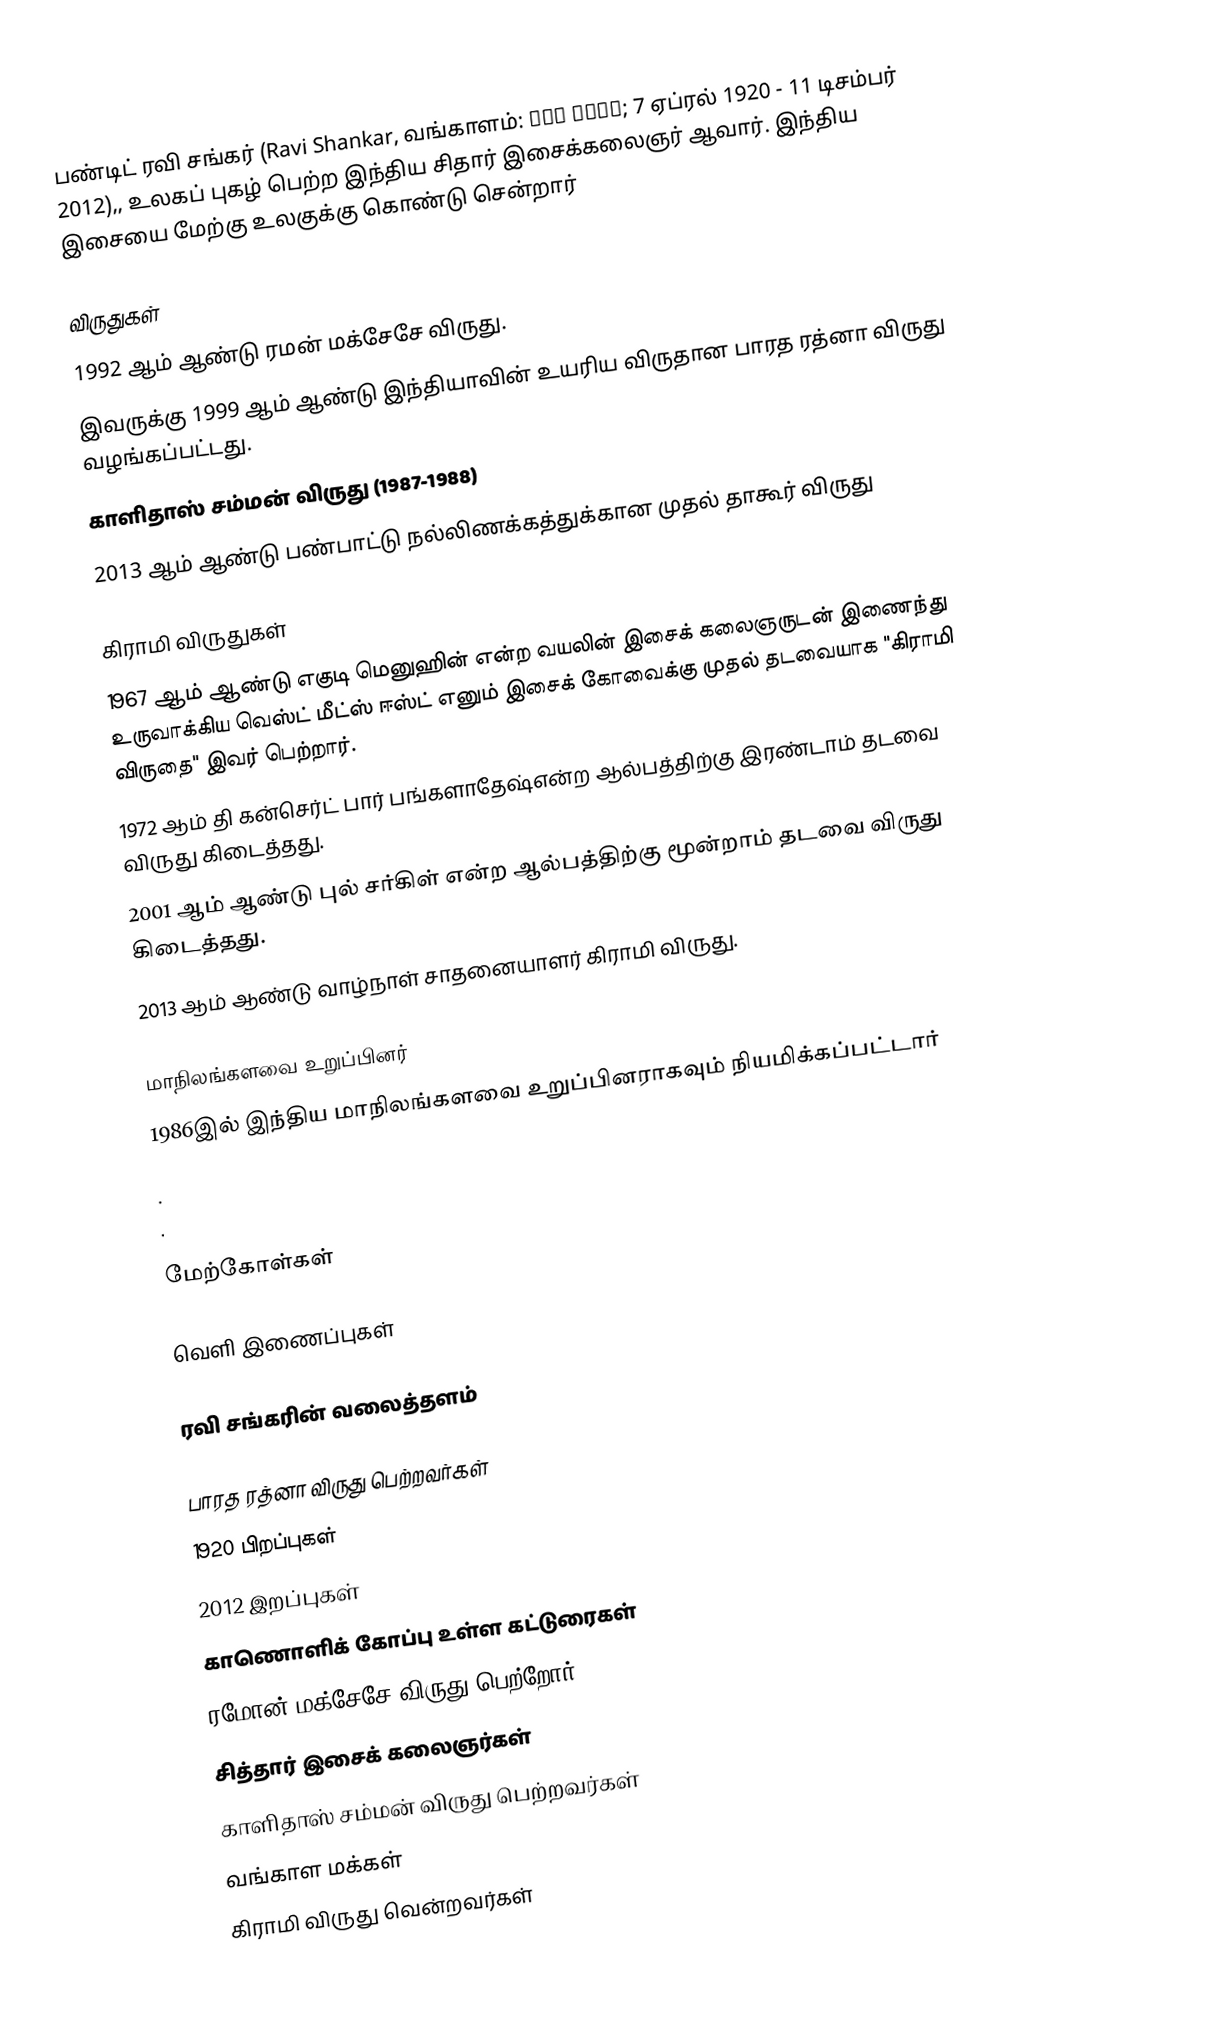
பண்டிட் ரவி சங்கர் (Ravi Shankar, வங்காளம்: রবি শংকর; 7 ஏப்ரல் 1920 - 11 டிசம்பர் 2012),, உலகப் புகழ் பெற்ற இந்திய சிதார் இசைக்கலைஞர் ஆவார். இந்திய இசையை மேற்கு உலகுக்கு கொண்டு சென்றார்

விருதுகள்
1992 ஆம் ஆண்டு ரமன் மக்சேசே விருது.
இவருக்கு 1999 ஆம் ஆண்டு இந்தியாவின் உயரிய விருதான பாரத ரத்னா விருது வழங்கப்பட்டது.
காளிதாஸ் சம்மன் விருது (1987-1988)
2013 ஆம் ஆண்டு பண்பாட்டு நல்லிணக்கத்துக்கான முதல் தாகூர் விருது

கிராமி விருதுகள்
1967 ஆம் ஆண்டு எகுடி மெனுஹின் என்ற வயலின் இசைக் கலைஞருடன் இணைந்து உருவாக்கிய வெஸ்ட் மீட்ஸ் ஈஸ்ட் எனும் இசைக் கோவைக்கு முதல் தடவையாக "கிராமி விருதை" இவர் பெற்றார்.
1972 ஆம் தி கன்செர்ட் பார் பங்களாதேஷ்என்ற ஆல்பத்திற்கு இரண்டாம் தடவை விருது கிடைத்தது.
2001 ஆம் ஆண்டு புல் சர்கிள் என்ற ஆல்பத்திற்கு மூன்றாம் தடவை விருது கிடைத்தது.
2013 ஆம் ஆண்டு வாழ்நாள் சாதனையாளர் கிராமி விருது.

மாநிலங்களவை உறுப்பினர்
1986இல் இந்திய மாநிலங்களவை உறுப்பினராகவும் நியமிக்கப்பட்டார்
.
.

மேற்கோள்கள்

வெளி இணைப்புகள்

 ரவி சங்கரின் வலைத்தளம்

பாரத ரத்னா விருது பெற்றவர்கள்
1920 பிறப்புகள்
2012 இறப்புகள்
காணொளிக் கோப்பு உள்ள கட்டுரைகள்
ரமோன் மக்சேசே விருது பெற்றோர்
சித்தார் இசைக் கலைஞர்கள்
காளிதாஸ் சம்மன் விருது பெற்றவர்கள்
வங்காள மக்கள்
கிராமி விருது வென்றவர்கள்